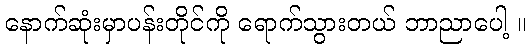
နောက်ဆုံးမှာပန်းတိုင်ကို ရောက်သွားတယ် ဘာညာပေါ့ ။